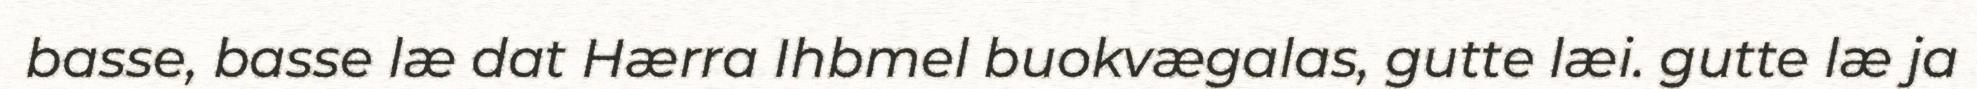
basse, basse læ dat Hærra Ihbmel buokvægalas, gutte læi. gutte læ ja